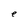
Character: e